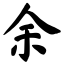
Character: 余